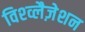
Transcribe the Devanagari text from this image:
विश्व्लैज़ेशन